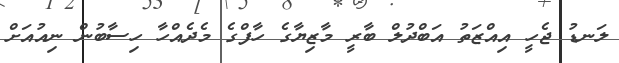
ލަނޑު ޖެހީ އިއްޒަތު އަބްދުލް ބާރީ މާޒިޔާގެ ހާފްގެ މެދެއްހާ ހިސާބުން ނިއުއަށް